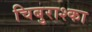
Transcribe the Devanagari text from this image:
चिबुराश्का